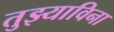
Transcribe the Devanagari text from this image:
तुझ्याविना